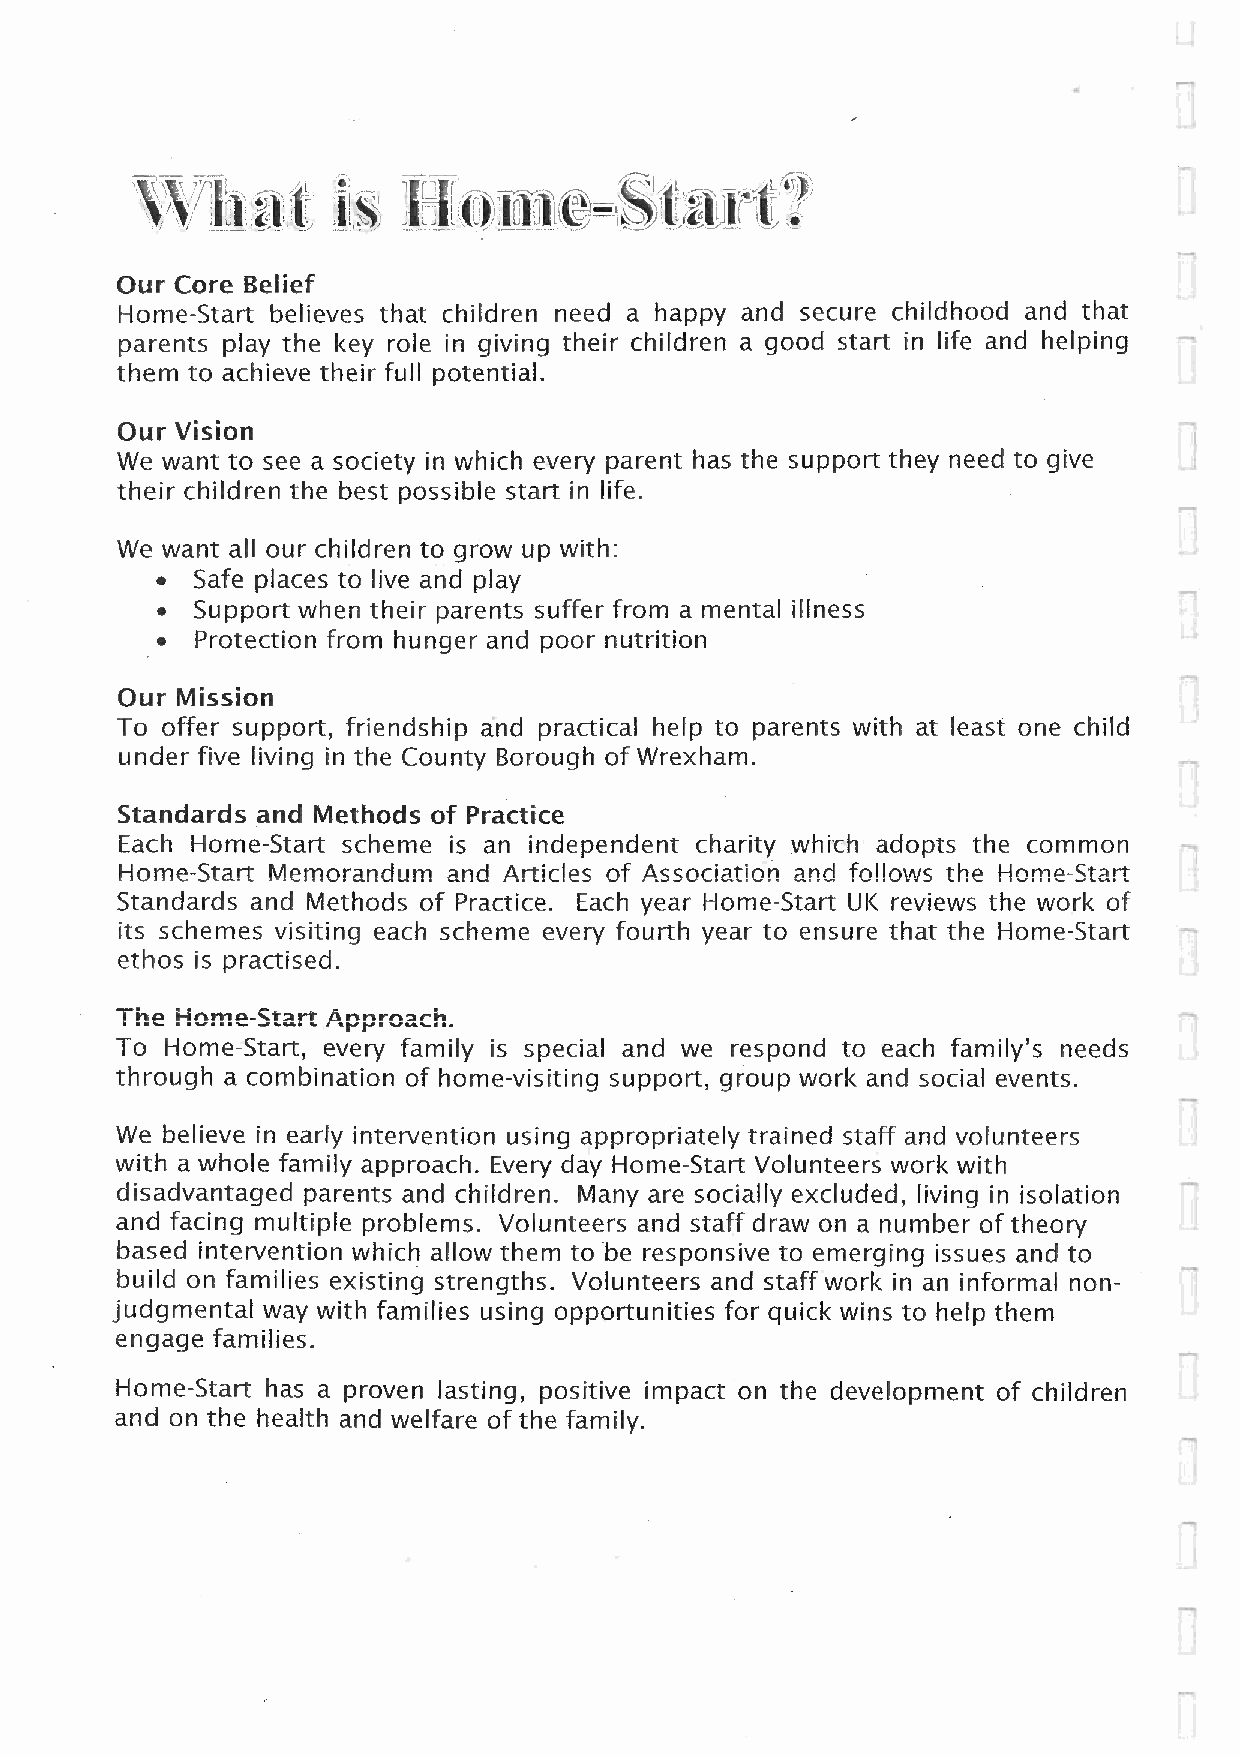
1-1
 Our Core Belief
 Home-Start believes that children need a happy and secure childhood and that
 parents play the key role in giving their children a good start in life and helping
 them to achieve their full potential.
 Our Vision
 We want to see a society in which every parent has the support they need to give
 their children the best possible start in life.
 We want all our children to grow up with:
 •  Safe places to live and play
 •  Support when their parents suffer from a mental illness
 •  Protection from hunger and poor nutrition
 Our Mission
 To offer support, friendship and practical help to parents with at least one child
 under five living in the County Borough of Wrexham.
 Standards and Methods of Practice
 Each Home-Start scheme is an independent charity which adopts the common
 Home-Start Memorandum and Articles of Association and follows the Home-Start
 Standards and Methods of Practice. Each year Home-Start UK reviews the work of
 its schemes visiting each scheme every fourth year to ensure that the Home-Start
 ethos is practised.
 The Home-Start Approach.
 To Home-Start, every family is special and we respond to each family's needs
 through a combination of home-visiting support, group work and social events.
 We believe in early intervention using appropriately trained staff and volunteers
 with a whole family approach. Every day Home-Start Volunteers work with
 disadvantaged parents and children. Many are socially excluded, living in isolation
 and facing multiple problems. Volunteers and staff draw on a number of theory
 based intervention which allow them to be responsive to emerging issues and to
 build on families existing strengths. Volunteers and staff work in an informal non-
 judgmental way with families using opportunities for quick wins to help them
 engage families.
 Home-Start has a proven lasting, positive impact on the development of children
 and on the health and welfare of the family.